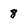
Character: 8